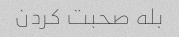
بله صحبت کردن